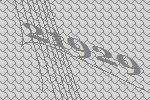
21929